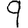
Digit: 9